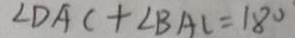
\angle D A C + \angle B A C = 1 8 0